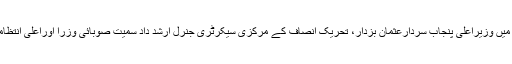
حلف برداری کی تقریب میں وزیراعلی پنجاب سردارعثمان بزدار، تحریک انصاف کے مرکزی سیکرٹری جنرل ارشد داد سمیت صوبائی وزرا اوراعلی انتظامی حکام نے شرکت کی۔